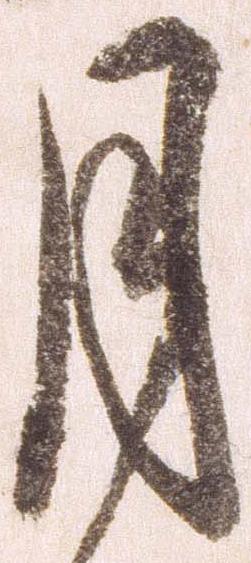
月